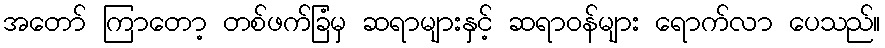
အတော် ကြာတော့ တစ်ဖက်ခြံမှ ဆရာများနှင့် ဆရာဝန်များ ရောက်လာ ပေသည်။